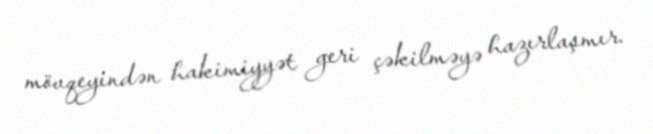
mövqeyindən hakimiyyət geri çəkilməyə hazırlaşmır.